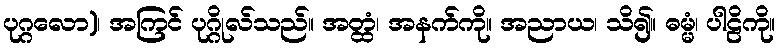
ပုဂ္ဂလော)၊ အကြင် ပုဂ္ဂိုလ်သည်။ အတ္ထံ၊ အနက်ကို။ အညာယ၊ သိ၍။ ဓမ္မံ၊ ပါဠိကို။